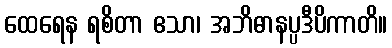
ထေရေန ရစိတာ ဧသာ၊ အဘိဓာနပ္ပဒီပိကာတိ။